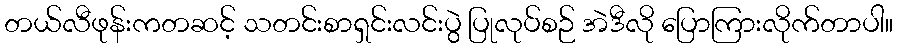
တယ်လီဖုန်းကတဆင့် သတင်းစာရှင်းလင်းပွဲ ပြုလုပ်စဉ် အဲဒီလို ပြောကြားလိုက်တာပါ။